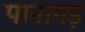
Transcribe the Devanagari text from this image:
पानागड़